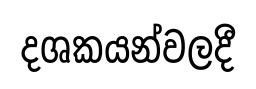
දශකයන්වලදී